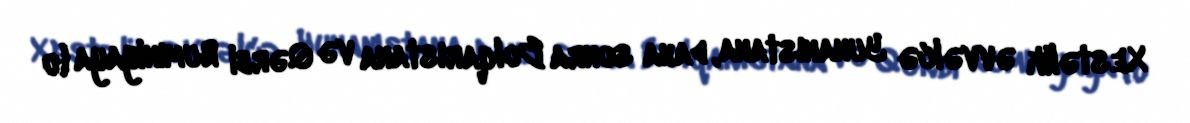
Xestəlik əvvəlcə Yunanıstana, daha sonra Bolqarıstana və Qərbi Rumıniyaya (o